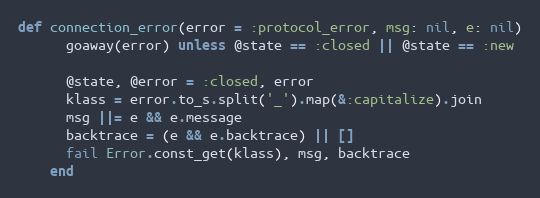
Language: Ruby
def connection_error(error = :protocol_error, msg: nil, e: nil)
      goaway(error) unless @state == :closed || @state == :new

      @state, @error = :closed, error
      klass = error.to_s.split('_').map(&:capitalize).join
      msg ||= e && e.message
      backtrace = (e && e.backtrace) || []
      fail Error.const_get(klass), msg, backtrace
    end